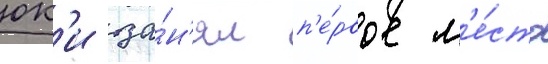
юк'и за́н'ял п'е́рвое м'е́сто